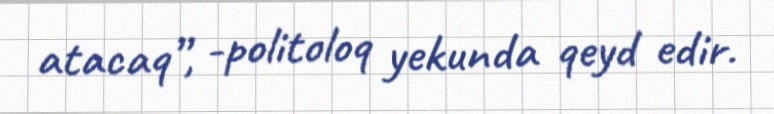
atacaq”, -politoloq yekunda qeyd edir.